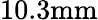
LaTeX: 10.3\mathrm{mm}